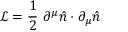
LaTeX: { \mathcal { L } } = { \frac { 1 } { 2 } } \ \partial ^ { \mu } { \hat { n } } \cdot \partial _ { \mu } { \hat { n } }